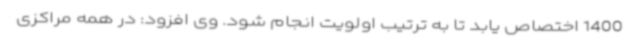
1400 اختصاص یابد تا به ترتیب اولویت انجام شود. وی افزود: در همه مراکزی